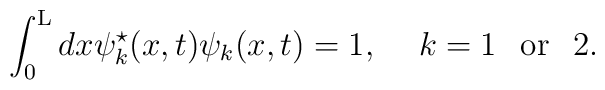
\int_{0}^{\rm L} dx {\psi}^{\star}_k(x,t) {\psi}_k(x,t) =1,\hspace{5 mm} k=1 \hspace{3 mm} {\rm or} \hspace{3 mm} 2.